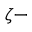
\zeta -